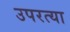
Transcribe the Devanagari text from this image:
उपरत्या